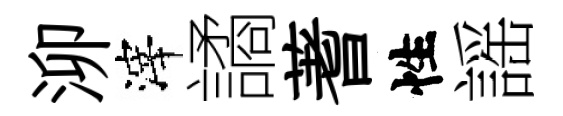
泖滓譎蓍性謡